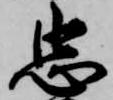
忠